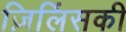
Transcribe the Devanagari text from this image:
ज़िलिंसकी